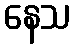
နေသ